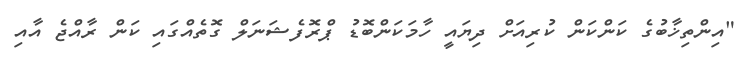
"އިންތިޚާބުގެ ކަންކަން ކުރިއަށް ދިޔައީ ހާމަކަންބޮޑު ޕްރޮފެޝަނަލް ގޮތެއްގައި ކަން ރާއްޖެ އާއި